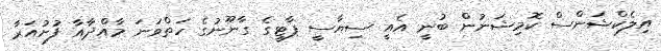
އިލެކްޝަންސް ކޮމިޝަނުން ބުނީ އެއީ ސިޔާސީ ޕާޓީގެ ގާނޫނުގެ ހަތްވަނަ މާއްދާއާ ފުށުއަރާ